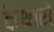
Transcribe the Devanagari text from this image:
कैथारों